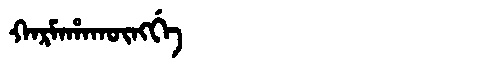
Manchu: ᡴᠠᡵᠮᠠᡥᠠᡴᡡᠩᡤᡝ
Romanization: KARMAHAKŪNGGE